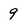
Character: 9